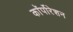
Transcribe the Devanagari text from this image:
काॅर्पोरेशन